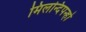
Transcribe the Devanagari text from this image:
मिलन्दिपन्हो